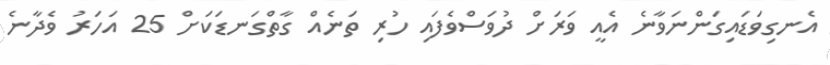
އެނގިވަޑައިގަންނަވާނެ އެއީ ވަރަށް ދުވަސްވެފައި ހުރި ތަނެއް ގާތްގަނޑަކަށް 25 އަހަރު ވެދާނެ